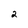
Character: 2